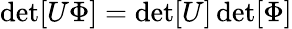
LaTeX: \operatorname*{det}[U\Phi]=\operatorname*{det}[U]\operatorname*{det}[\Phi]